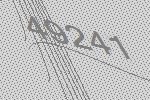
49241